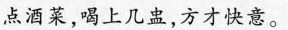
点酒菜，喝上几盅，方才快意。